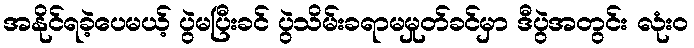
အနိုင်ရခဲ့ပေမယ့် ပွဲမပြီးခင် ပွဲသိမ်းခရာမမှုတ်ခင်မှာ ဒီပွဲအတွင်း လုံးဝ